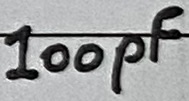
Text: 100pF